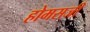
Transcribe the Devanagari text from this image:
होमसजी